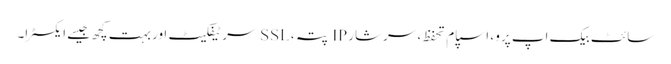
سائٹ بیک اپ پرو ، اسپام تحفظ ، سرشار IP پتہ ، SSL سرٹیفکیٹ اور بہت کچھ جیسے ایکسٹرا۔